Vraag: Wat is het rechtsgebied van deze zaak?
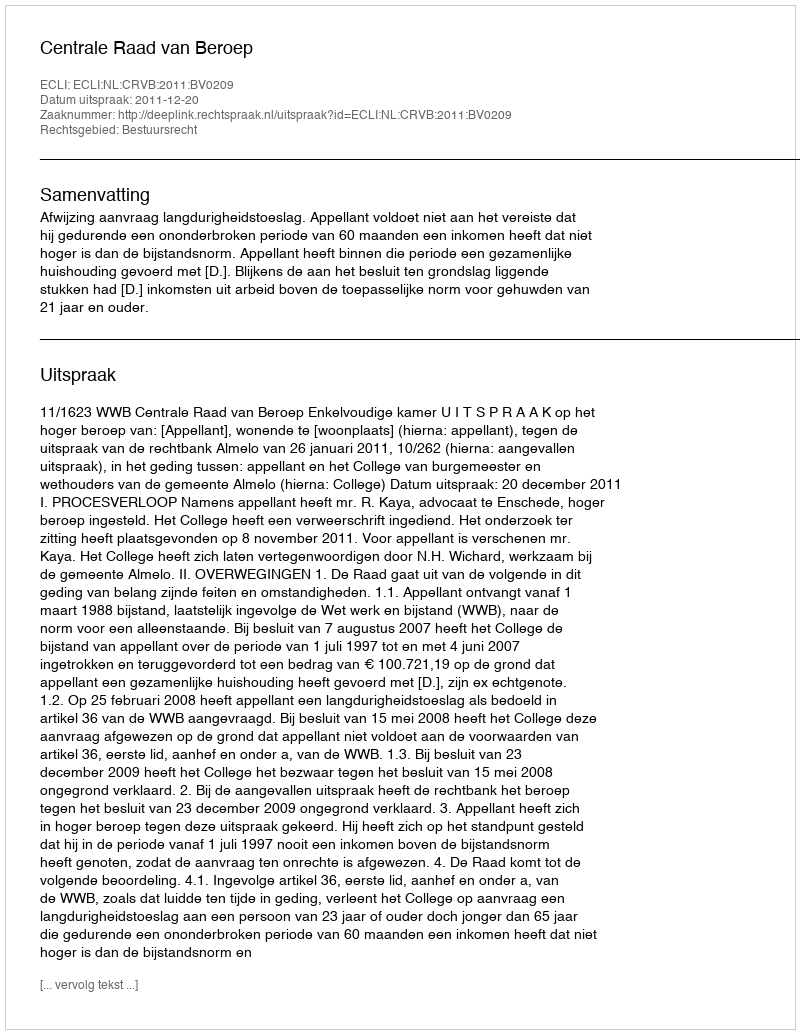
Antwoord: Bestuursrecht